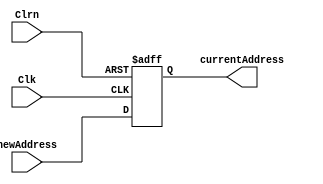
`timescale 1ns / 1ps
//////////////////////////////////////////////////////////////////////////////////
// Company: 
// Engineer: 
// 
// Design Name: 
// Module Name: PC
// Project Name: 
// Target Devices: 
// Tool Versions: 
// Description: 
// 
// Dependencies: 
// 
// Revision:
// Revision 0.01 - File Created
// Additional Comments:
// 
//////////////////////////////////////////////////////////////////////////////////


module PC(Clk,Clrn,newAddress,currentAddress);

    input Clk;                         // 
    input Clrn;                         //
    input  [31:0] newAddress;           // 
    output reg [31:0] currentAddress;    // 
always@(posedge Clk or negedge Clrn )//

if(Clrn==0)  begin currentAddress <= 0; 
end else begin
currentAddress<= newAddress;
end
endmodule